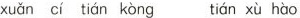
xuǎn cí tián kòng tián xù hào